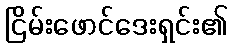
ငြိမ်းဖောင်ဒေးရှင်း၏